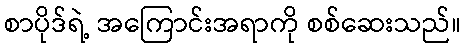
စာပိုဒ်ရဲ့ အကြောင်းအရာကို စစ်ဆေးသည်။